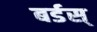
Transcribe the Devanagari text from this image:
बर्डस्